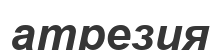
атрезия